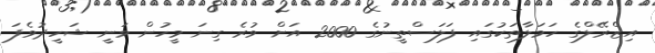
އިޒްރޭލްގެ ހަމަލާތަކުގައި ފަލަސްތީނުގެ 2000 އަށް ވުރެ ގިނަ މީހުން ވަނީ ޝަހީދުވެފަ